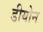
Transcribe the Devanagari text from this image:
डीयोन